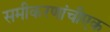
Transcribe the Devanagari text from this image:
समीकरणांचीएक